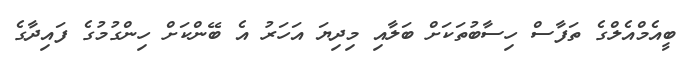
ބީއެމްއެލްގެ ތަފާސް ހިސާބުތަކަށް ބަލާއި މިދިޔަ އަހަރު އެ ބޭންކަށް ހިންގުމުގެ ފައިދާގެ